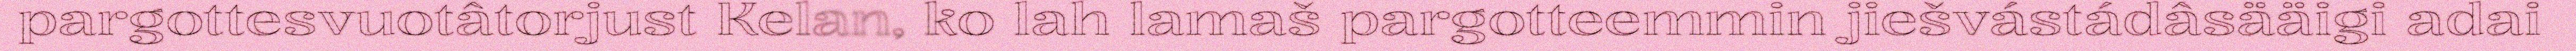
pargottesvuotâtorjust Kelan, ko lah lamaš pargotteemmin jiešvástádâsääigi adai